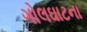
ગોલઘાટના